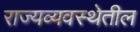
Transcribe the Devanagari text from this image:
राज्यव्यवस्थेतील